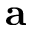
\mathbf { a }